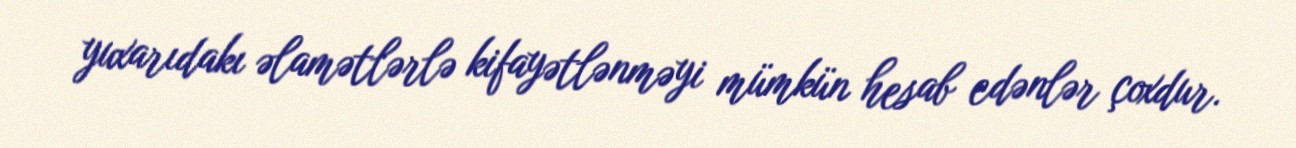
yuxarıdakı əlamətlərlə kifayətlənməyi mümkün hesab edənlər çoxdur.